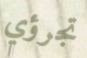
تجرؤي